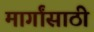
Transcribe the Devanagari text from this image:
मार्गांसाठी